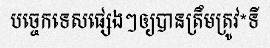
បច្ចេកទេសផ្សេងៗឲ្យបានត្រឹមត្រូវ*ទី